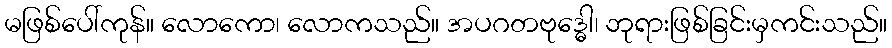
မဖြစ်ပေါ်ကုန်။ လောကော၊ လောကသည်။ အပဂတဗုဒ္ဓေါ၊ ဘုရားဖြစ်ခြင်းမှကင်းသည်။